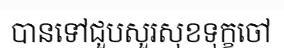
បានទៅជួបសួរសុខទុក្ខចៅ